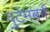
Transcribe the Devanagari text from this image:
वुटेमबर्ग